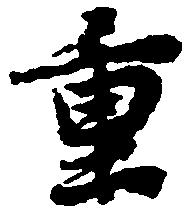
重